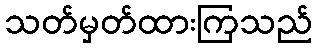
သတ်မှတ်ထားကြသည်